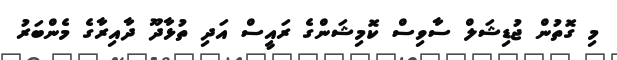
މި ގޮތުން ޖުޑިޝަލް ސާވިސް ކޮމިޝަންގެ ރައީސް އަދި ތުޅާދޫ ދާއިރާގެ މެންބަރު